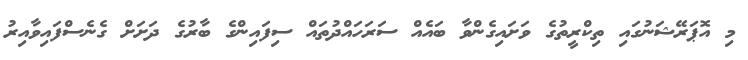
މި އޮޕަރޭޝަނުގައި ތިކްރީތުގެ ވަށައިގެންވާ ބައެއް ސަރަހައްދުތައް ސިފައިންގެ ބާރުގެ ދަށަށް ގެނެސްފައިވާއިރު